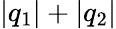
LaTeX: |q_{1}|+|q_{2}|